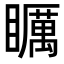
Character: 矋